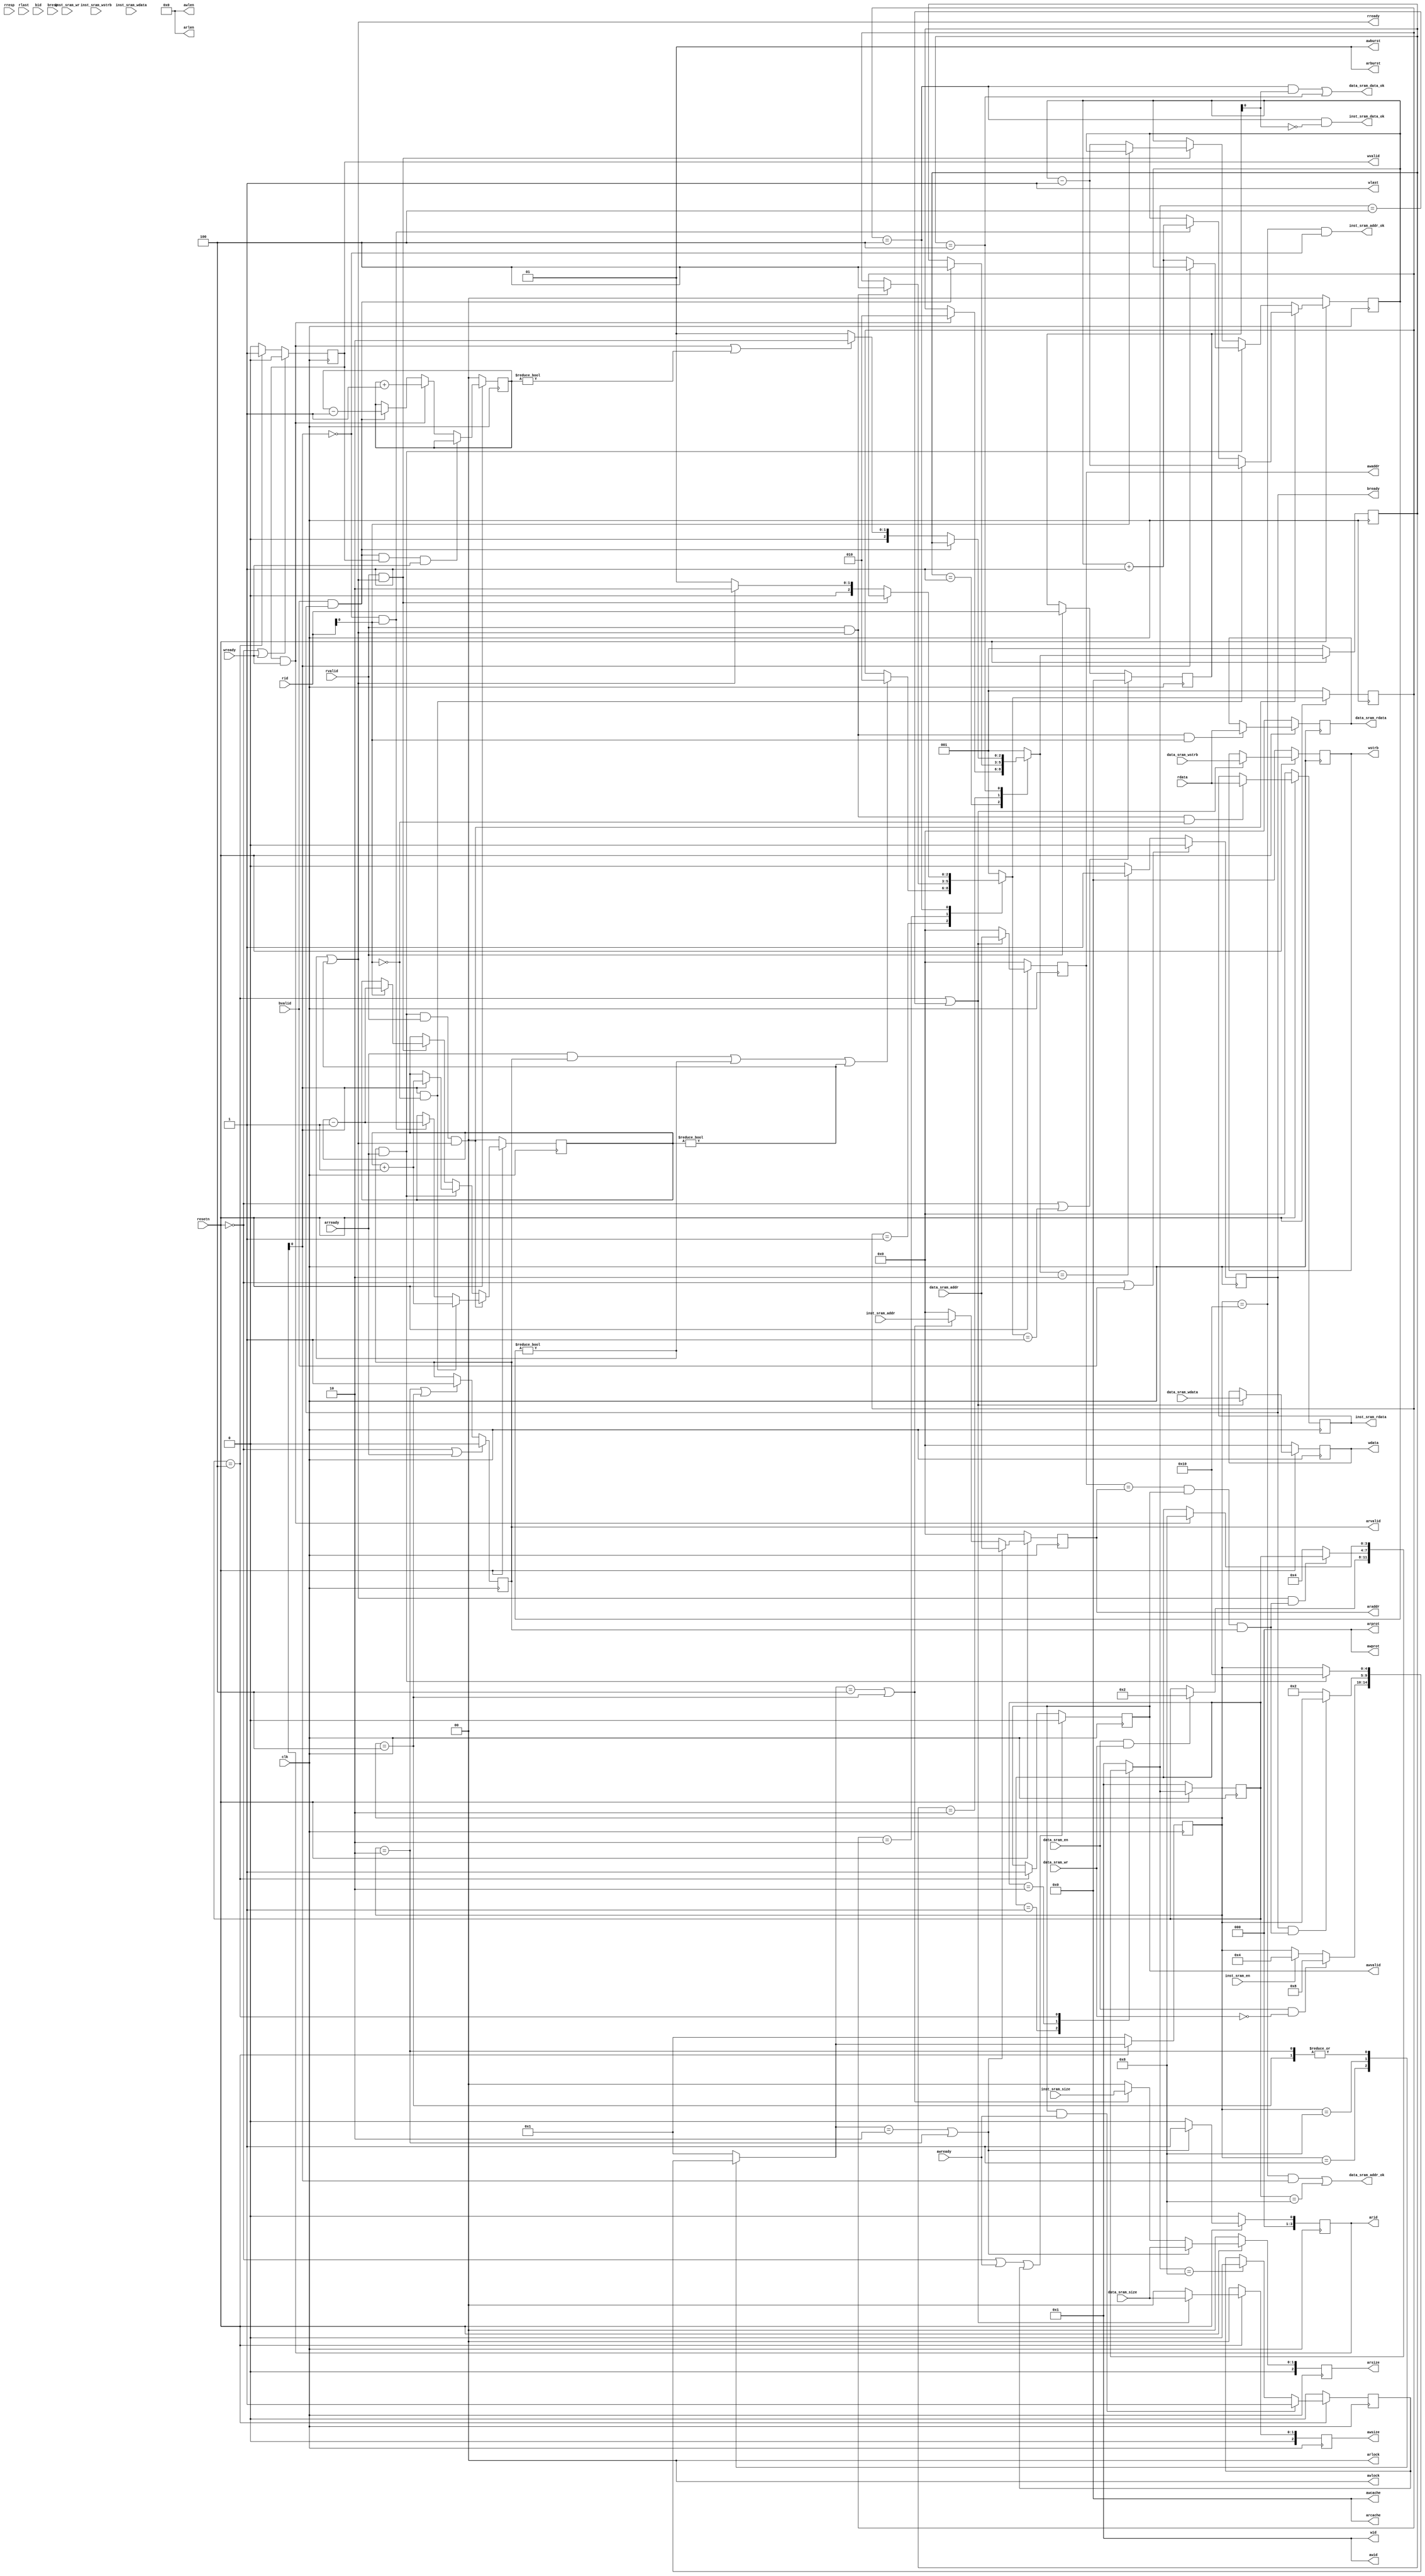
module transfer_bridge(
    input wire         clk    ,
    input wire         resetn ,
 
    // ar 
    output wire    [ 3:0] arid   , // master -> slave
    output wire    [31:0] araddr , // master -> slave
    output wire    [ 7:0] arlen  , // master -> slave, 8'b0
    output wire    [ 2:0] arsize , // master -> slave
    output wire    [ 1:0] arburst, // master -> slave, 2'b1
    output wire    [ 1:0] arlock , // master -> slave, 2'b0
    output wire    [ 3:0] arcache, // master -> slave, 4'b0
    output wire    [ 2:0] arprot , // master -> slave, 3'b0
    output wire           arvalid, // master -> slave
    input  wire           arready, // slave  -> master

    // r
    input  wire    [ 3:0] rid   , // slave  -> master
    input  wire    [31:0] rdata , // slave  -> master
    input  wire    [ 1:0] rresp , // slave  -> master, ignore
    input  wire           rlast , // slave  -> master, ignore
    input  wire           rvalid, // slave  -> master
    output wire           rready, // master -> slave

    // aw
    output wire    [ 3:0] awid   , // master -> slave, 4'b1
    output wire    [31:0] awaddr , // master -> slave
    output wire    [ 7:0] awlen  , // master -> slave, 8'b0
    output wire    [ 2:0] awsize , // master -> slave
    output wire    [ 1:0] awburst, // master -> slave, 2'b1
    output wire    [ 1:0] awlock , // master -> slave, 2'b0
    output wire    [ 3:0] awcache, // master -> slave, 4'b0
    output wire    [ 2:0] awprot , // master -> slave, 3'b0
    output wire           awvalid, // master -> slave
    input  wire           awready, // slave  -> master

    // w
    output wire    [ 3:0] wid   , // master -> slave, 4'b1
    output wire    [31:0] wdata , // master -> slave
    output wire    [ 3:0] wstrb , // master -> slave
    output wire           wlast , // master -> slave, 1'b1
    output wire           wvalid, // master -> slave
    input  wire           wready, // slave  -> master

    // b
    input  wire   [ 3:0] bid   , // slave  -> master, ignore
    input  wire   [ 1:0] bresp , // slave  -> master, ignore
    input  wire          bvalid, // slave  -> master
    output wire          bready, // master -> slave

    // inst sram interface    
    input  wire          inst_sram_en    ,
    input  wire          inst_sram_wr     ,
    input  wire   [ 1:0] inst_sram_size   ,
    input  wire   [ 3:0] inst_sram_wstrb  ,
    input  wire   [31:0] inst_sram_addr   ,
    input  wire   [31:0] inst_sram_wdata  ,
    output wire   [31:0] inst_sram_rdata  ,
    output wire          inst_sram_addr_ok,
    output wire          inst_sram_data_ok,
    
    // data sram interface
    input  wire          data_sram_en    ,
    input  wire          data_sram_wr     ,
    input  wire   [ 3:0] data_sram_wstrb  ,
    input  wire   [ 1:0] data_sram_size   , 
    input  wire   [31:0] data_sram_addr   ,
    input  wire   [31:0] data_sram_wdata  ,
    output wire   [31:0] data_sram_rdata  ,
    output wire          data_sram_addr_ok,
    output wire          data_sram_data_ok
);

    wire reset;
    assign reset = ~resetn;

    // ar
    reg  [3:0] arid_reg;
    reg [31:0] araddr_reg;
    reg  [2:0] arsize_reg;
    reg        arvalid_reg;
    assign arid = arid_reg;
    assign araddr = araddr_reg;
    assign arsize = arsize_reg;
    assign arvalid = arvalid_reg;
    assign arlen    = 8'b0;
    assign arburst  = 2'b1;
    assign arlock   = 2'b0;
    assign arcache  = 4'b0;
    assign arprot   = 3'b0;

    // r
    assign rready = r_business_cnt_inst != 2'b0 || r_business_cnt_data != 2'b0;

    // aw
    reg [31:0] awaddr_reg;
    reg [2:0]  awsize_reg;
    reg        awvalid_reg;
    assign awaddr = awaddr_reg;
    assign awsize = awsize_reg;
    assign awvalid = awvalid_reg;
    assign awid     = 4'b1;
    assign awlen    = 8'b0;
    assign awburst  = 2'b1;
    assign awlock   = 2'b0;
    assign awcache  = 4'b0;
    assign awprot   = 3'b0;

    // w
    reg [31:0] wdata_reg;
    reg [3:0]  wstrb_reg;
    reg        wvalid_reg;
    assign wdata = wdata_reg;
    assign wstrb = wstrb_reg;
    assign wvalid = wvalid_reg;
    assign wid      = 4'b1;
    assign wlast    = 1'b1;

    //b
    reg bready_reg;
    assign bready = bready_reg;


    parameter READ_REQ_RST          = 5'b00001;
    parameter READ_DATA_REQ_START   = 5'b00010;
    parameter READ_INST_REQ_START   = 5'b00100;
    parameter READ_DATA_REQ_CHECK   = 5'b01000;
    parameter READ_REQ_END          = 5'b10000;

    parameter READ_DATA_RST         = 3'b001;
    parameter READ_DATA_START       = 3'b010;
    parameter READ_DATA_END         = 3'b100;

    parameter WRITE_RST             = 4'b0001;
    parameter WRITE_CHECK           = 4'b0010;
    parameter WRITE_START           = 4'b0100;
    parameter WRITE_END          = 4'b1000;

    parameter WRITE_RSP_RST    = 3'b001;
    parameter WRITE_RSP_START  = 3'b010;
    parameter WRITE_RSP_END    = 3'b100;

    reg  [ 4:0] rreq_curr_state;
    reg  [ 4:0] rreq_next_state;
    reg  [ 2:0] rdata_curr_state;
    reg  [ 2:0] rdata_next_state;
    reg  [ 3:0] wrd_curr_state;
    reg  [ 3:0] wrd_next_state;
    reg  [ 2:0] wrsp_curr_state;
    reg  [ 2:0] wrsp_next_state;

    reg [1:0] r_business_cnt_inst;
    reg [1:0] r_business_cnt_data;
    reg [1:0] w_business_cnt;

    // state machine
    always @(posedge clk) begin
        if(reset) begin
            rreq_curr_state <= READ_REQ_RST;
            rdata_curr_state <= READ_DATA_RST;
            wrd_curr_state <= WRITE_RST;
            wrsp_curr_state <= WRITE_RSP_RST;
        end    
        else begin
            rreq_curr_state <= rreq_next_state;
            rdata_curr_state <= rdata_next_state;
            wrd_curr_state <= wrd_next_state;
            wrsp_curr_state <= wrsp_next_state;
        end 
    end

    always @(*) begin
        // read request
        case(rreq_curr_state)
            READ_REQ_RST: begin
                if(data_sram_en & ~data_sram_wr)
                    rreq_next_state = READ_DATA_REQ_CHECK;
                else if(inst_sram_en)
                    rreq_next_state = READ_INST_REQ_START;
                else
                    rreq_next_state = rreq_curr_state;
            end
            
            READ_DATA_REQ_CHECK: begin
                if(bready & block) // wait for write response
                    rreq_next_state = rreq_curr_state;
                else
                    rreq_next_state = READ_DATA_REQ_START;
            end
            
            READ_DATA_REQ_START, READ_INST_REQ_START: begin
                if(arvalid & arready)
                    rreq_next_state = READ_REQ_END;
                else
                    rreq_next_state = rreq_curr_state;
            end
            
            READ_REQ_END: begin
                rreq_next_state = READ_REQ_RST;
            end
            default:
                rreq_next_state = READ_REQ_RST;
        endcase
    end

    always @(*) begin
        // read data
        case(rdata_curr_state)
            READ_DATA_RST: begin
                if((arready && arvalid) || r_business_cnt_inst != 2'b0 || r_business_cnt_data != 2'b0) // exists unaddressed read business
                    rdata_next_state = READ_DATA_START;
                else 
                    rdata_next_state = rdata_curr_state;
            end

            READ_DATA_START: begin
                if(rvalid && rready)
                    rdata_next_state = READ_DATA_END;
                else 
                    rdata_next_state = rdata_curr_state;
                
            end

            READ_DATA_END: begin
                if(rvalid & rready)
                    rdata_next_state = rdata_curr_state;
                else if(r_business_cnt_inst != 2'b0 || r_business_cnt_data != 2'b0)
                    rdata_next_state = READ_DATA_START;
                else
                    rdata_next_state = READ_DATA_RST;
            end

            default:
                rdata_next_state = READ_DATA_RST;
        endcase
        
    end

    always @(*) begin
        // write request & write data
        case(wrd_curr_state)
            WRITE_RST: begin
                if(data_sram_en && data_sram_wr) 
                    wrd_next_state = WRITE_CHECK;
                else 
                    wrd_next_state = wrd_curr_state;
            end

            WRITE_CHECK: begin
                if(rready && block) //reading data at the same address
                    wrd_next_state = wrd_curr_state;
                else
                    wrd_next_state = WRITE_START;
            end

            WRITE_START: begin
                if(wvalid & wready)
                    wrd_next_state = WRITE_END;
                else
                    wrd_next_state = wrd_curr_state;
            end

            WRITE_END: begin
                wrd_next_state = WRITE_RST;   
            end
            
            default:
                wrd_next_state = WRITE_RST;
        endcase
    end

    always @(*) begin
         // write response
        case(wrsp_curr_state)
            WRITE_RSP_RST: begin
                if(wvalid & wready) 
                    wrsp_next_state = WRITE_RSP_START;
                else
                    wrsp_next_state = wrsp_curr_state;
            end

            WRITE_RSP_START: begin
                if(bvalid & bready)
                    wrsp_next_state = WRITE_RSP_END;
                else
                    wrsp_next_state = wrsp_curr_state;
            end

            WRITE_RSP_END: begin
                if(bvalid & bready)
                    wrsp_next_state = wrsp_curr_state;
                else if(wvalid & wready || w_business_cnt != 2'b0)
                    wrsp_next_state = WRITE_RSP_START;
                else
                    wrsp_next_state = WRITE_RSP_RST;
            end

            default:
                wrsp_next_state = WRITE_RSP_RST;
        endcase
    end

    
    // the other AXI signals
    // ar
    always @(posedge clk) begin
        if(reset) begin
            arid_reg <= 4'b0;
            araddr_reg <= 32'b0;
            arsize_reg <= 3'b0;
        end 
        else if(rreq_next_state == READ_DATA_REQ_START || rreq_curr_state == READ_DATA_REQ_START) begin
            arid_reg <= 4'b1;
            araddr_reg <= data_sram_addr;
            arsize_reg <= {1'b0, data_sram_size};
        end 
        else if(rreq_next_state == READ_INST_REQ_START || rreq_curr_state == READ_INST_REQ_START) begin
            arid_reg <= 4'b0;
            araddr_reg <= inst_sram_addr;
            arsize_reg <= {1'b0, inst_sram_size};
        end 
        else begin
            arid_reg <= 4'b0;
            araddr_reg <= 32'b0;
            arsize_reg <= 3'b0;
        end
    end

    always @(posedge clk) begin
        if(reset | arready) // until slaver returns arready
            arvalid_reg <= 1'b0;
        else if(rreq_curr_state == READ_DATA_REQ_START || rreq_curr_state == READ_INST_REQ_START)
            arvalid_reg <= 1'b1;  
    end

    reg [3:0] rid_reg;
    always @(posedge clk) begin
        if(reset || rdata_next_state == READ_DATA_RST) 
            rid_reg <= 4'b0;
        else if(rvalid) 
            rid_reg <= rid;
       
    end

    //aw
    always @(posedge clk) begin
        if(reset) begin
            awaddr_reg <= 32'b0;
            awsize_reg <= 3'b0;
        end 
        else if(wrd_curr_state == WRITE_START || wrd_next_state == WRITE_START) begin
            awaddr_reg <= data_sram_addr;
            awsize_reg <= {1'b0, data_sram_size};
        end 
        else begin
            awaddr_reg <= 32'b0;
            awsize_reg <= 3'b0;
        end
    end
    reg write_transport;
    always @(posedge clk) begin
        if(reset | awready | write_transport) // until slaver returns awready
            awvalid_reg <= 1'b0;
        else if(wrd_curr_state == WRITE_START)
            awvalid_reg <= 1'b1;
    end

    always @(posedge clk) begin
        if(reset) 
            write_transport <= 1'b0;
        else if(awvalid && awready)
            write_transport <= 1'b1;
        else if(wrd_next_state == WRITE_END)
            write_transport <= 1'b0;
    end
    //w
    always @(posedge clk) begin
        if(reset) begin
            wdata_reg <= 32'b0;
            wstrb_reg <= 4'b0;
        end 
        else if(wrd_curr_state == WRITE_START || wrd_next_state == WRITE_START) begin
            wdata_reg <= data_sram_wdata;
            wstrb_reg <= data_sram_wstrb;
        end 
    end

    always @(posedge clk) begin
        if(reset | wready)
            wvalid_reg <= 1'b0;
        else if(wrd_curr_state == WRITE_START) 
            wvalid_reg <= 1'b1;
        else 
            wvalid_reg <= 1'b0;
    end
    // b
    always @(posedge clk) begin
        if(reset | bvalid) 
            bready_reg <= 1'b0;
        else if(wrsp_next_state == WRITE_RSP_START)
            bready_reg <= 1'b1;
        else 
            bready_reg <= 1'b0;
    end
    wire block;
    assign block = awaddr == araddr && awvalid && arvalid;
    
    

    always @(posedge clk) begin
        if(reset) begin
            r_business_cnt_inst <= 2'b0;
            r_business_cnt_data <= 2'b0;
        end
        else if(arready & arvalid & rvalid & rready) begin
            if(~arid[0] && ~rid[0])
                r_business_cnt_inst <= r_business_cnt_inst;
            if(arid[0] && rid[0])
                r_business_cnt_data <= r_business_cnt_data;
            if(~arid[0] && rid[0]) begin
                r_business_cnt_inst <= r_business_cnt_inst + 2'b1;
                r_business_cnt_data <= r_business_cnt_data - 2'b1;
            end 
            if(arid[0] && ~rid[0]) begin
                r_business_cnt_inst <= r_business_cnt_inst - 2'b1;
                r_business_cnt_data <= r_business_cnt_data + 2'b1;
            end
        end
        else if(arready & arvalid) begin
            if(~arid[0]) 
                r_business_cnt_inst <= r_business_cnt_inst + 2'b1;
            if(arid[0]) 
                r_business_cnt_data <= r_business_cnt_data + 2'b1;
        end
        else if (rvalid & rready) begin
            if(~rid[0]) 
                r_business_cnt_inst <= r_business_cnt_inst - 2'b1;
            if(rid[0]) 
                r_business_cnt_data <= r_business_cnt_data - 2'b1;
        end
    end

    always @(posedge clk) begin
        if(reset) 
            w_business_cnt <= 2'b0;
        else if(bvalid & bready & wvalid & wready) 
            w_business_cnt <= w_business_cnt;
        else if(wvalid & wready)
            w_business_cnt <= w_business_cnt + 2'b1;
        else if(bvalid & bready) 
            w_business_cnt <= w_business_cnt - 2'b1;
    end

    

    assign inst_sram_addr_ok = rreq_curr_state == READ_REQ_END && ~arid[0];
    assign inst_sram_data_ok = rdata_curr_state == READ_DATA_END && ~rid_reg[0];
    assign data_sram_addr_ok = (rreq_curr_state == READ_REQ_END && arid[0]) || (wrd_curr_state == WRITE_END); //read or write
    assign data_sram_data_ok = (rdata_curr_state == READ_DATA_END && rid_reg[0]) || (wrsp_curr_state == WRITE_RSP_END); //read or write

    reg [31:0] inst_sram_buf;
    reg [31:0] data_sram_buf;
    
    always @(posedge clk) begin
        if(reset) 
            inst_sram_buf <= 32'b0;
        else if(rvalid && rready && ~rid[0]) 
            inst_sram_buf <= rdata;
    end

    always @(posedge clk) begin 
        if(reset) 
            data_sram_buf <= 32'b0;
        else if(rvalid && rready && rid[0]) 
            data_sram_buf <= rdata;
    end

    assign inst_sram_rdata = inst_sram_buf;
    assign data_sram_rdata = data_sram_buf;


endmodule